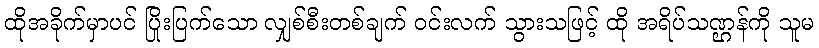
ထိုအခိုက်မှာပင် ပြိုးပြက်သော လျှစ်စီးတစ်ချက် ဝင်းလက် သွားသဖြင့် ထို အရိပ်သဏ္ဌန်ကို သူမ